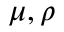
\mu , \rho